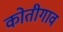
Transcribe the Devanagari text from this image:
कोतीगाव